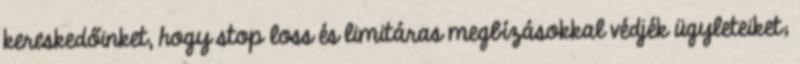
kereskedőinket, hogy stop loss és limitáras megbízásokkal védjék ügyleteiket;